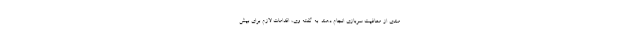
مندی از معافیت سربازی انجام دهند. به گفته وی، اقدامات لازم برای بیش